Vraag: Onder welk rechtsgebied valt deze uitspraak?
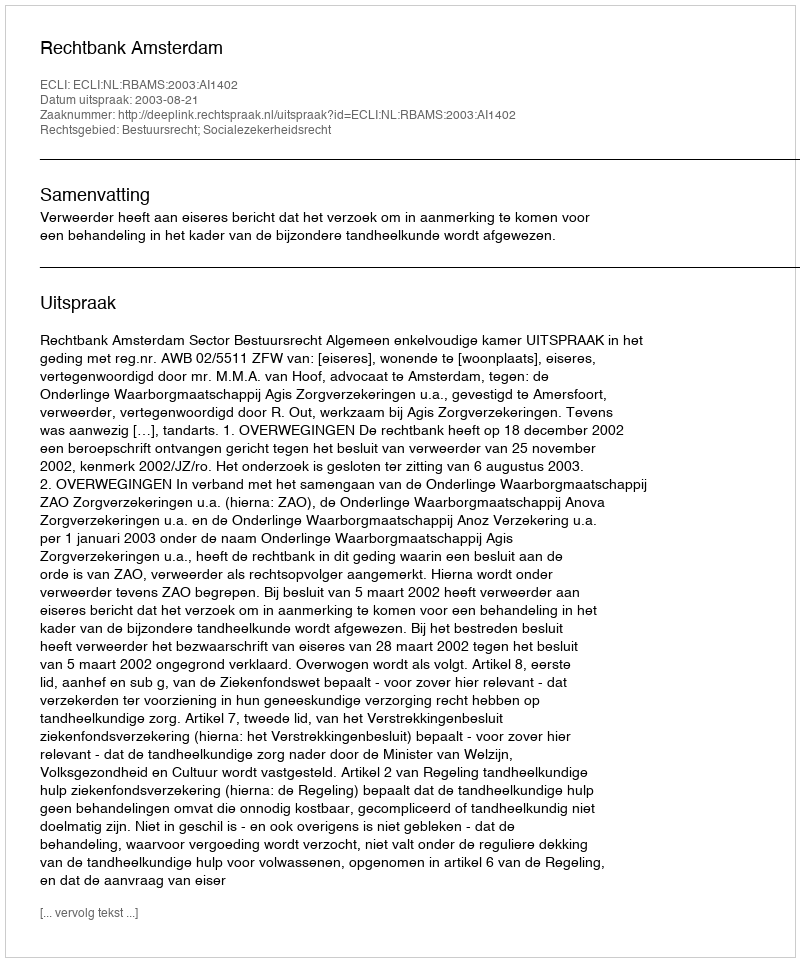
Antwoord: Bestuursrecht; Socialezekerheidsrecht